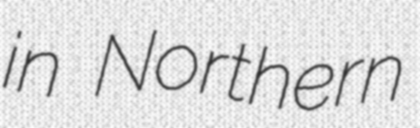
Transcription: in Northern